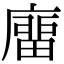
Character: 𢊺